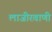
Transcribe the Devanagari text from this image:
लाजीरवाणी